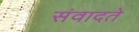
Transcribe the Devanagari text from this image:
संवादते